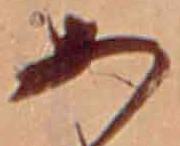
あ